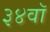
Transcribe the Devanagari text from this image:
३४वॉ